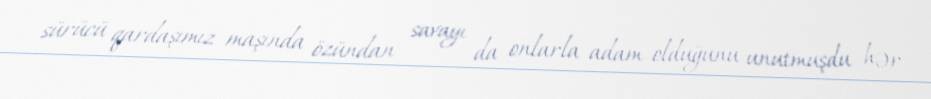
sürücü qardaşımız maşında özündan savayı da onlarla adam olduğunu unutmuşdu hər